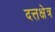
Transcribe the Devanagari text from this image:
दत्तक्षेत्र